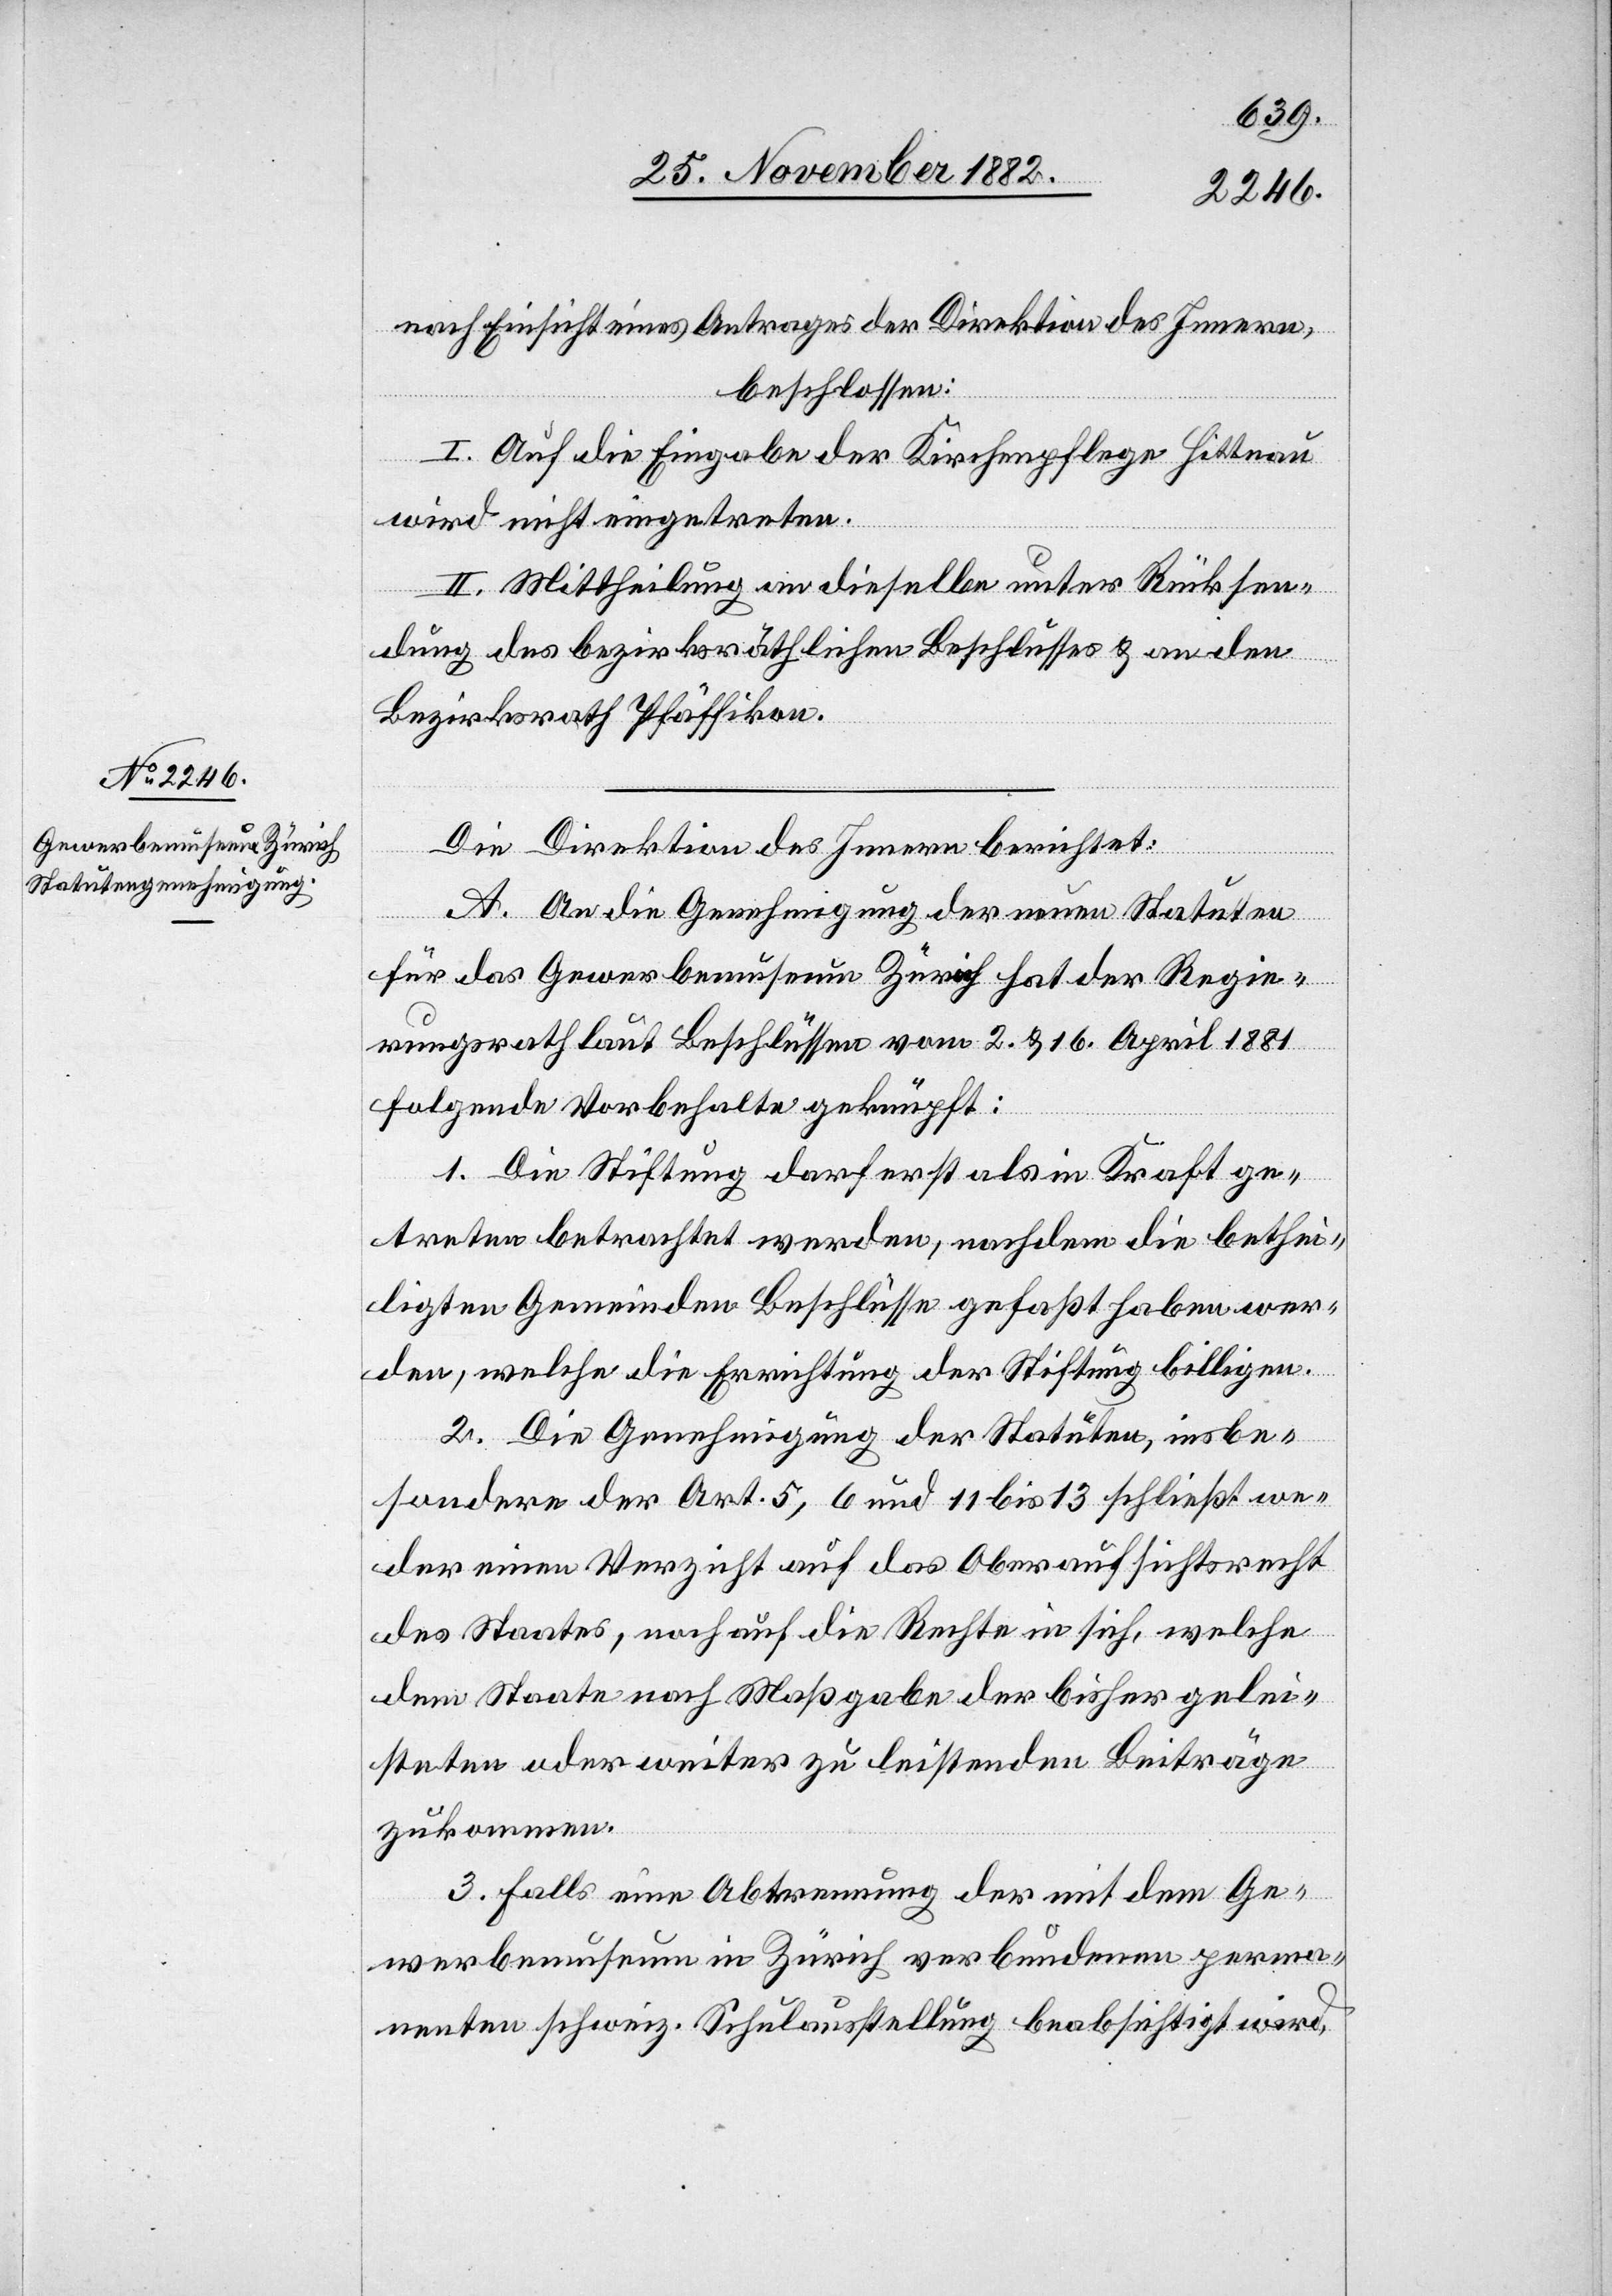
nach Einsicht eines Antrages der Direktion des Innern,
beschlossen:
I. Auf die Eingabe der Kirchenpflege Hittnau
wird nicht eingetreten.
II. Mittheilung an dieselbe unter Rücksen¬
dung des bezirksräthlichen Beschlusses & an den
Bezirksrath Pfäffikon.
Die Direktion des Innern berichtet:
A. An die Genehmigung der neuen Statuten
für das Gewerbemuseum Zürich hat der Regie¬
rungsrath laut Beschlüssen vom 2. & 16. April 1881
folgende Vorbehalte geknüpft:
1. Die Stiftung darf erst als in Kraft ge¬
treten betrachtet werden, nachdem die bethei¬
ligten Gemeinden Beschlüsse gefaßt haben wer¬
den, welche die Errichtung der Stiftung billigen.
2. Die Genehmigung der Statuten, insbe¬
sondere der Art. 5, 6 und 11 bis 13 schließt we¬
der einen Verzicht auf das Oberaufsichtsrecht
des Staates, noch auf die Rechte in sich, welche
dem Staate nach Maßgabe der bisher gelei¬
steten oder weiter zu leistenden Beiträge
zukommen.
3. Falls eine Abtrennung der mit dem Ge¬
werbemuseum in Zürich verbundenen perma¬
nenten schweiz. Schulausstellung beabsichtigt wird,